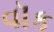
વૉક